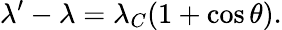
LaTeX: \lambda^{\prime}-\lambda=\lambda_{C}(1+\cos{\theta}).